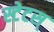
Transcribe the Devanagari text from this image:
स्टेटस्